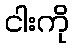
ငါးကို